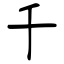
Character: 千